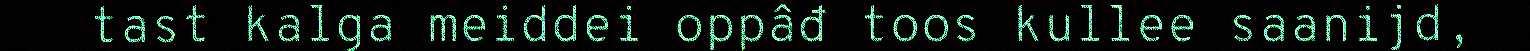
tast kalga meiddei oppâđ toos kullee saanijd,